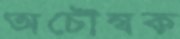
অচৌম্বক